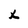
Character: x